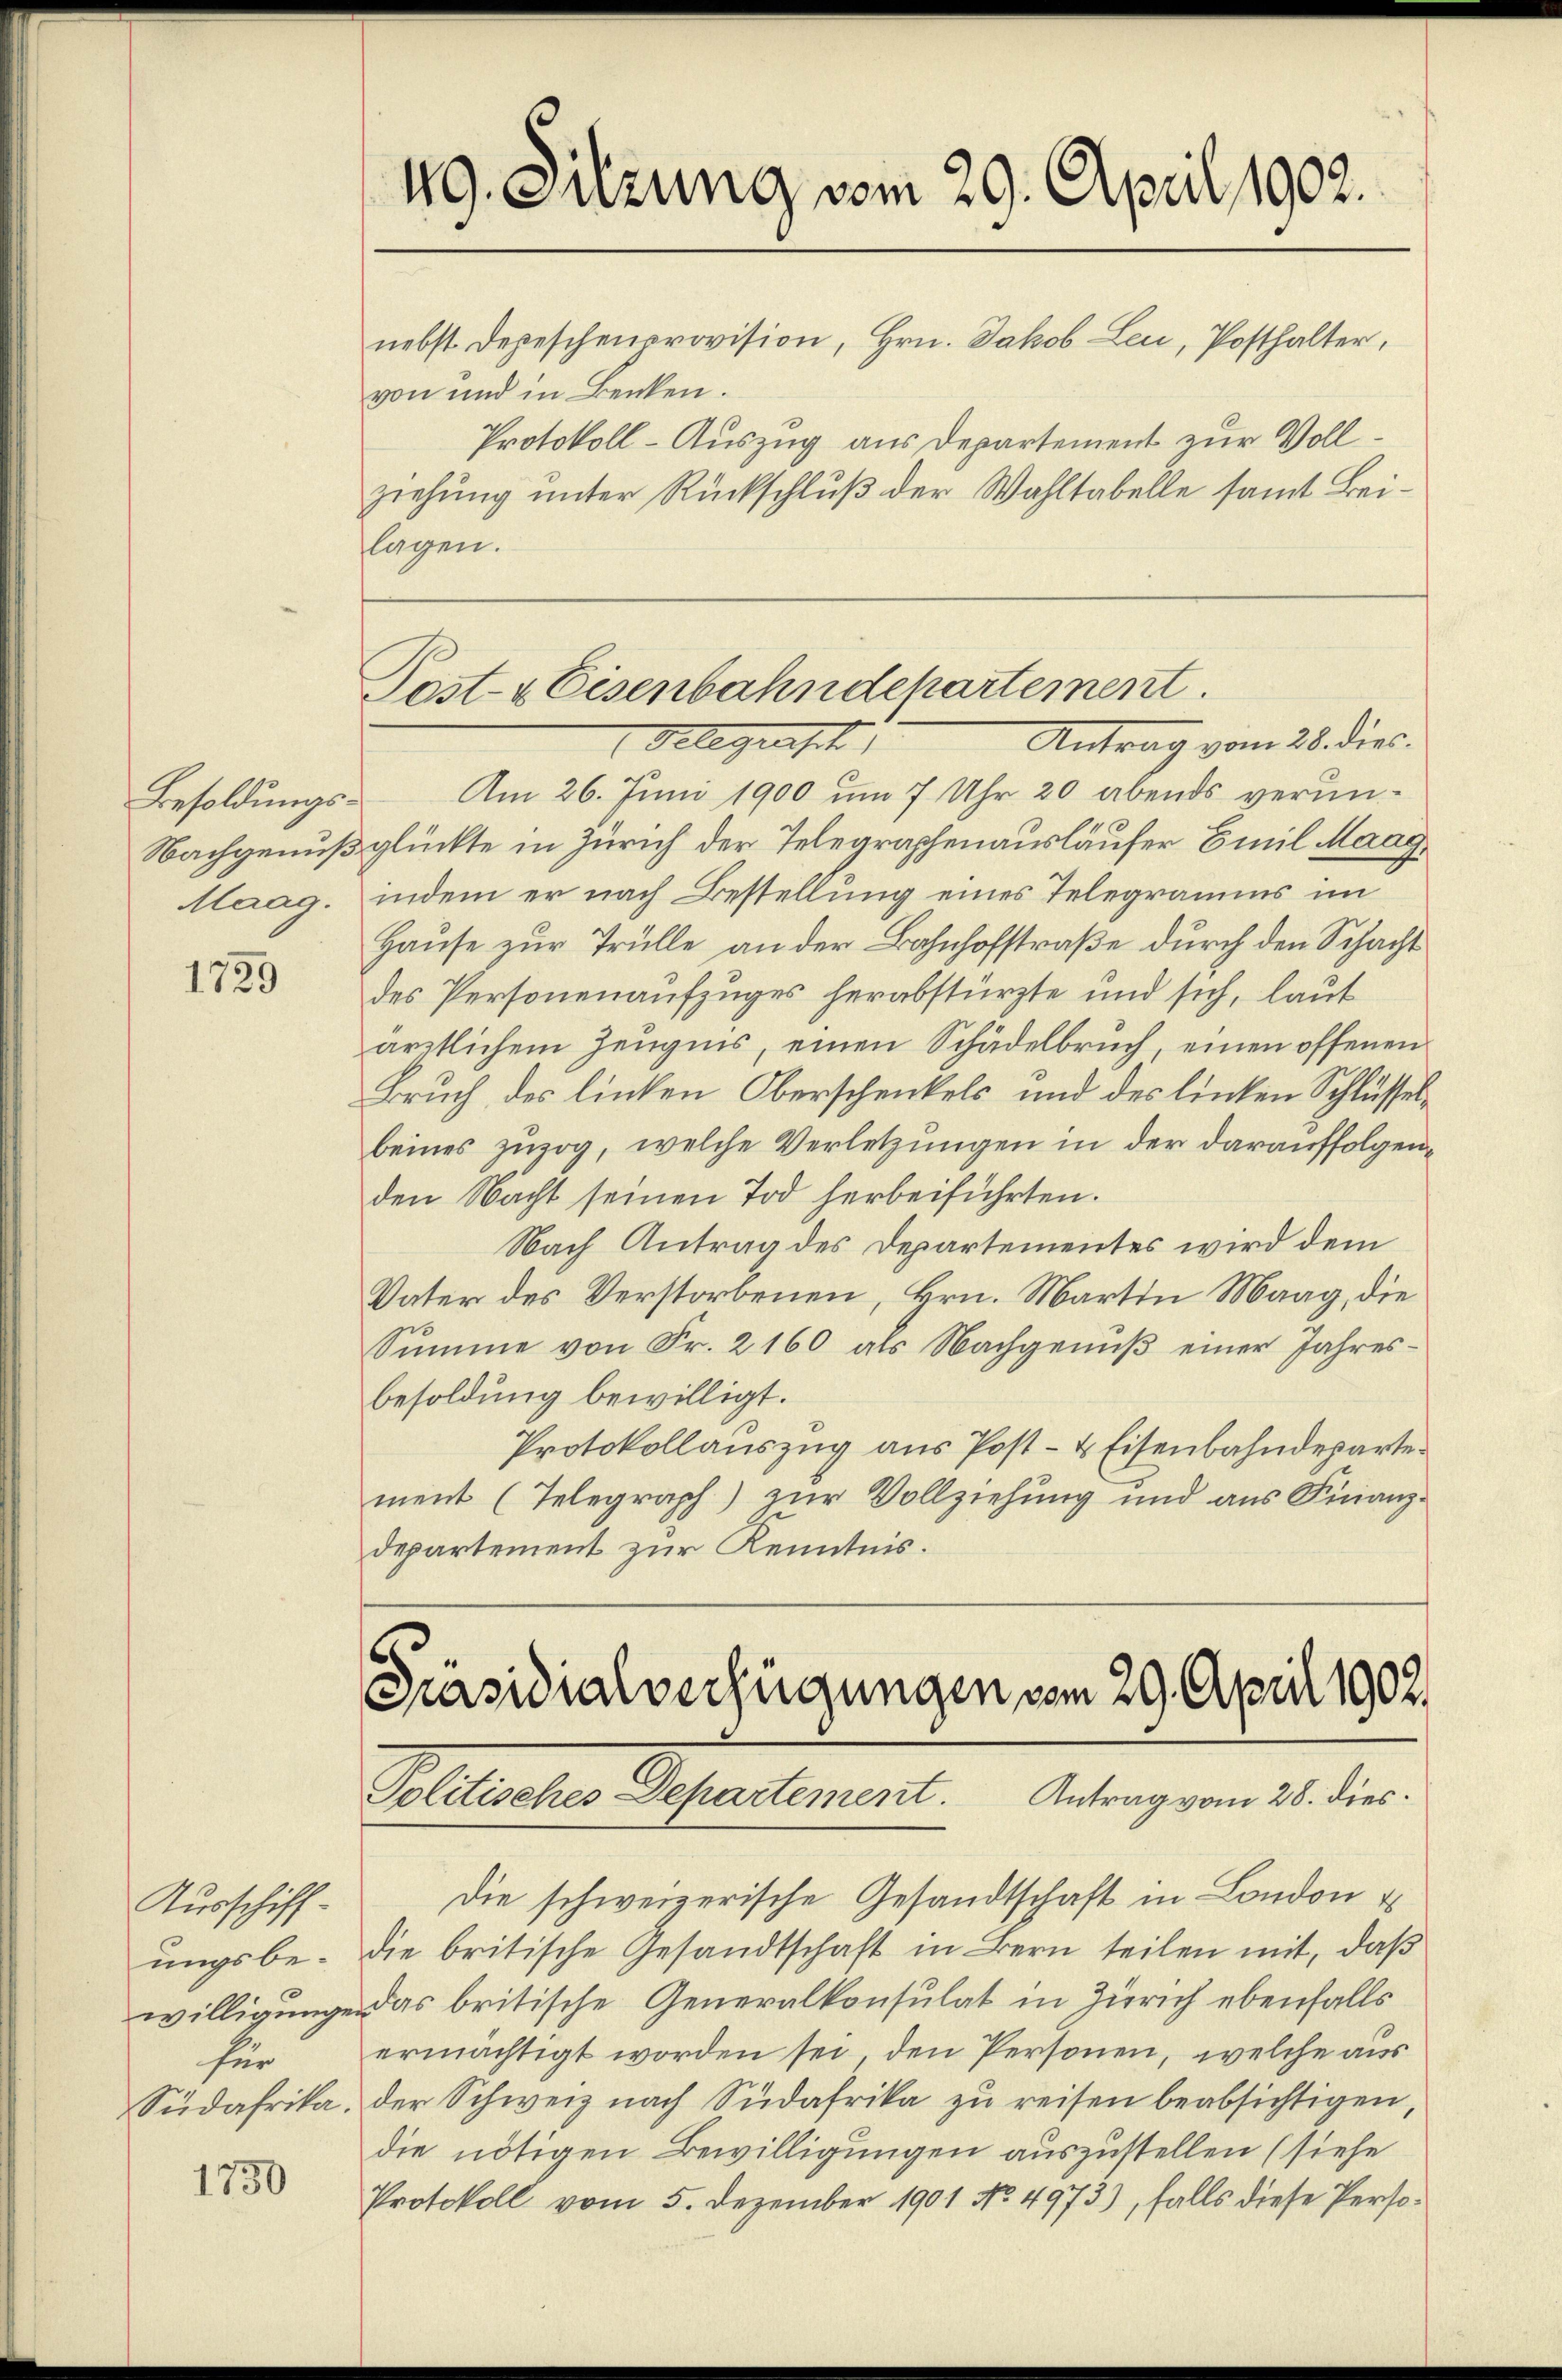
Mlaag.

1729

Ausschiffungsbewilligungen
für
Südafrika.

1730

49. Sitzung vom 29. April 1902.
nebst Depeschenprovision, Hrn. Jakob Leu, Posthalter,
von und in Benken.
Protokoll-Auszug aus Departement zur Vollziehung unter Rückschluß der Wahltabelle samt Beilagen.

Besoldungs- Am 26. Juni 1900 um 7 Uhr 20 abends verun¬
Nachgenuß glückte in Zürich der Telegraphenausläufer Emil Maag
indem er nach Bestellung eines Telegramms im
Hause zur Trülle an der Bahnhofstraße durch den Schacht
des Personenaufzuges herabstürzte und sich, laut
ärztlichem Zeugnis, einen Schädelbruch, einen offenen
Bruch des linken Oberschenkels und des linken Schlüsselbeines zuzog, welche Verletzungen in der darauffolgenden Nacht seinen Tod herbeiführten.
Nach Antrag des Departementes wird dem
Vater des Verstorbenen, Hrn. Martin Maag, die
Summe von Fr. 2160 als Nachgenuß einer Jahresbesoldung bewilligt.
Protokollauszug aus Post- & Eisenbahndepartement (Telegraph) zur Vollziehung und aus Finanzdepartement zur Kenntnis.

Post- & Eisenbahndepartement.
Gelegensch
Antrag vom 28. die

Präsidialverfügungen vom 29. April 1902
Solitisches Departement. Antrag vom 28. dies

Die schweizerische Gesandtschaft in London
die britische Gesandtschaft in Bern teilen mit, daß
das britische Generalkonsulat in Zürich ebenfalls
ermächtigt worden sei, den Personen, welche aus
der Schweiz nach Südafrika zu reisen beabsichtigen,
die nötigen Bewilligungen auszustellen (siehe
Protokoll vom 5. Dezember 1901 No 4973), falls diese Perso¬